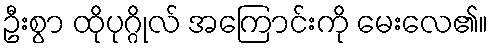
ဦးစွာ ထိုပုဂ္ဂိုလ် အကြောင်းကို မေးလေ၏။